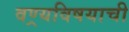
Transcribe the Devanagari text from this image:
वण्र्यविषयाची